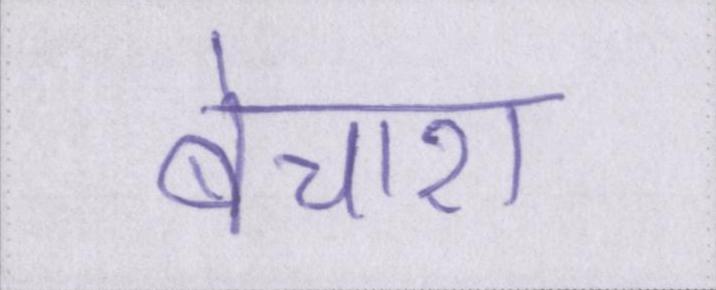
बेचारा